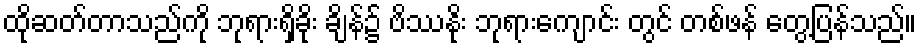
ထိုဆတ်တာသည်ကို ဘုရားရှိခိုး ချိန်၌ ဗိဿနိုး ဘုရားကျောင်း တွင် တစ်ဖန် တွေ့ပြန်သည်။